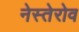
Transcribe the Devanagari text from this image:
नेस्तेरोव